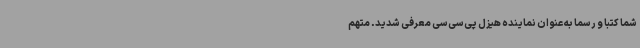
شما کتباً و رسماً به عنوان نماینده هیزل پی‌سی‌سی معرفی شدید. متهم